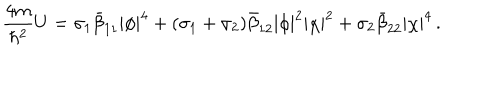
LaTeX: \frac { 4 m } { \hbar ^ { 2 } } U = \sigma _ { 1 } \bar { \beta } _ { 1 1 } | \phi | ^ { 4 } + ( \sigma _ { 1 } + \sigma _ { 2 } ) \bar { \beta } _ { 1 2 } | \phi | ^ { 2 } | \chi | ^ { 2 } + \sigma _ { 2 } \bar { \beta } _ { 2 2 } | \chi | ^ { 4 } \, .